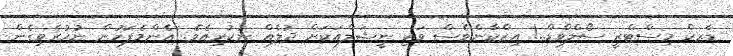
ޑާރކް މިސްޓްރީ ސޯލްވްޑް..! އިޒްކާންވެސް ވަކި ނީޝަލްއަކަށް ދުލެއް ނުކުރިއެވެ. އެންމެފަހުން ނުހުރެވިގެން